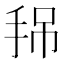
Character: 𢬚